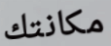
مكانتك